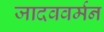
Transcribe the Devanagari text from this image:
जादववर्मन